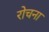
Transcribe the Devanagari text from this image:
रोचना